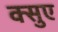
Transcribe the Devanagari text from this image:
क्सुए